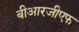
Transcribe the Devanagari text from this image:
बीआरजीएफ